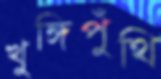
খুঙ্গিপুঁথি